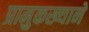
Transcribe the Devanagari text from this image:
प्रामुकख्याने